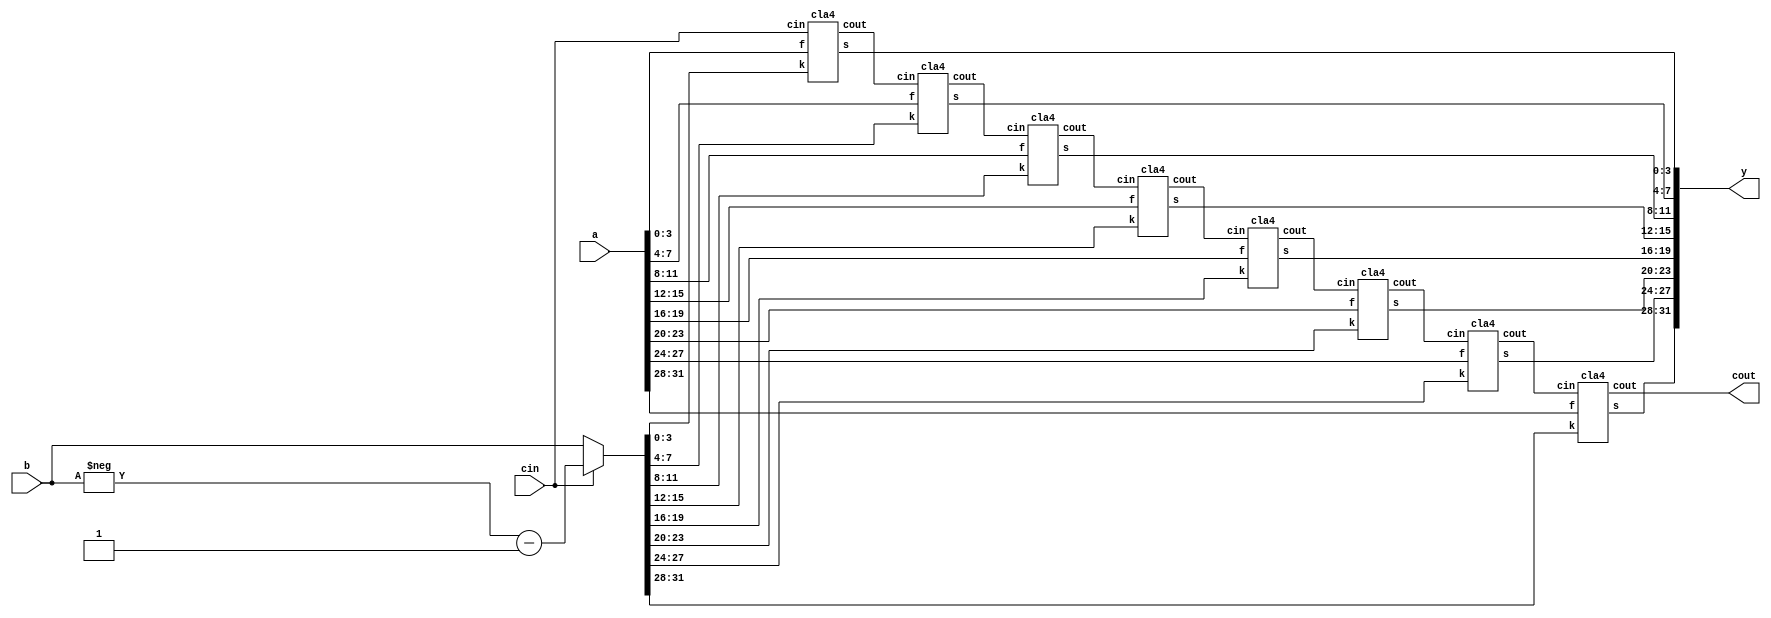
`timescale 1ns / 1ps
//////////////////////////////////////////////////////////////////////////////////
// Company: 
// Engineer: 
// 
// Design Name: 
// Module Name: Adder
// Project Name: 
// Target Devices: 
// Tool Versions: 
// Description: 
// 
// Dependencies: 
// 
// Revision:
// Revision 0.01 - File Created
// Additional Comments:
// 
//////////////////////////////////////////////////////////////////////////////////

module Adder( 
    input cin, 
    input [31:0] a,
    input [31:0] b,
    output cout,
    output [31:0] y
    ); //32 bit CLA using 8 4-bit CLA adderes

    wire c0,c1,c2,c3,c4,c5,c6;
    reg [31:0] k;
    
    always@(*)
    begin
        if(cin==1)
            k<=-b-1;
    else
        k<=b;
    end

    cla4 n1(a[3:0],k[3:0],cin,y[3:0],c0);
    cla4 n2(a[7:4],k[7:4],c0,y[7:4],c1);
    cla4 n3(a[11:8],k[11:8],c1,y[11:8],c2);
    cla4 n4(a[15:12],k[15:12],c2,y[15:12],c3);
    cla4 n5(a[19:16],k[19:16],c3,y[19:16],c4);
    cla4 n6(a[23:20],k[23:20],c4,y[23:20],c5);
    cla4 n7(a[27:24],k[27:24],c5,y[27:24],c6);
    cla4 n8(a[31:28],k[31:28],c6,y[31:28],cout);
 endmodule

//4 Bit CLA code

module cla4(f,k,cin,s,cout);
input[3:0] f,k;
input cin;
output cout;
output[3:0] s;
wire[3:0] g,p;
wire[13:0] z;

xor21 x1 (.a1(f[0]),.a2(k[0]),.z(p[0]));
and21 x2 (.a1(f[0]),.a2(k[0]),.z(g[0]));
xor21 x3 (.a1(f[1]),.a2(k[1]),.z(p[1]));
and21 x4 (.a1(f[1]),.a2(k[1]),.z(g[1]));
xor21 x5 (.a1(f[2]),.a2(k[2]),.z(p[2]));
and21 x6 (.a1(f[2]),.a2(k[2]),.z(g[2]));
xor21 x7 (.a1(f[3]),.a2(k[3]),.z(p[3]));
and21 x8 (.a1(f[3]),.a2(k[3]),.z(g[3]));
xor21 x9 (.a1(cin),.a2(p[0]),.z(s[0]));
and21 x10 (.a1(cin),.a2(p[0]),.z(z[0]));
or21 x11 (.a1(z[0]),.a2(g[0]),.z(z[1]));
xor21 x12 (.a1(z[1]),.a2(p[1]),.z(s[1]));
and31 x13 (.a1(cin),.a2(p[0]),.a3(p[1]),.z(z[2]));
and21 x14 (.a1(g[0]),.a2(p[1]),.z(z[3]));
or31 x15 (.a1(z[2]),.a2(z[3]),.a3(g[1]),.z(z[4]));
xor21 x16 (.a1(z[4]),.a2(p[2]),.z(s[2]));
and41 x17 (.a1(cin),.a2(p[0]),.a3(p[1]),.a4(p[2]),.z(z[5]));
and31 x18 (.a1(g[0]),.a2(p[1]),.a3(p[2]),.z(z[6]));
and21 x19 (.a1(g[1]),.a2(p[2]),.z(z[7]));
or41 x20 (.a1(z[5]),.a2(z[6]),.a3(z[7]),.a4(g[2]),.z(z[8]));
xor21 x21 (.a1(z[8]),.a2(p[3]),.z(s[3]));
and41 x22 (.a1(cin),.a2(p[0]),.a3(p[1]),.a4(p[2]),.z(z[9]));
and31 x23 (.a1(g[0]),.a2(p[1]),.a3(p[2]),.z(z[10]));
and21 x24 (.a1(g[1]),.a2(p[2]),.z(z[11]));
or41 x25 (.a1(z[9]),.a2(z[10]),.a3(z[11]),.a4(g[2]),.z(z[12]));
and21 x26 (.a1(z[12]),.a2(p[3]),.z(z[13]));
or21 x27 (.a1(z[13]),.a2(g[3]),.z(cout));
endmodule

module xor21(
    input a1,a2,
    output z);

    assign z = a1 ^ a2; 
endmodule

module and21(
    input a1,a2,
    output z);

    assign z = a1 & a2;
endmodule
module and31(
    input a1,a2,a3,
    output z);

    assign z = a1 & a2 & a3;
endmodule
module and41(
    input a1,a2,a3,a4,
    output z);

    assign z = a1 & a2 & a3 & a4;
endmodule
module or21(
    input a1,a2,
    output z);

    assign z = a1 | a2;
endmodule
module or31(
    input a1,a2,a3,
    output z);

    assign z = a1 | a2 | a3;
endmodule
module or41(
    input a1,a2,a3,a4,
    output z);

    assign z = a1 | a2 | a3 | a4;
endmodule